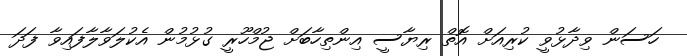
ހަސަން ވިދާޅުވީ ކުރިއަށް އޮތް ރިޔާސީ އިންތިހާބަށް ޖުމްހޫރީ ގުޅުމުން އެކުލަވާލާފައިވާ ފަދަ